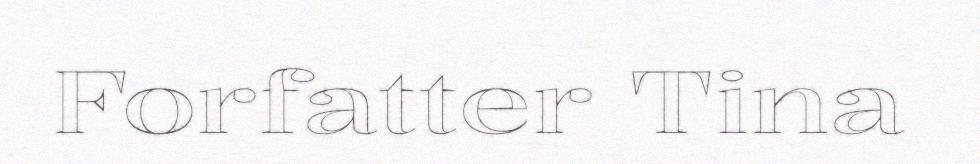
Forfatter Tina